Scottish Leaving Certificate Examination, 1961
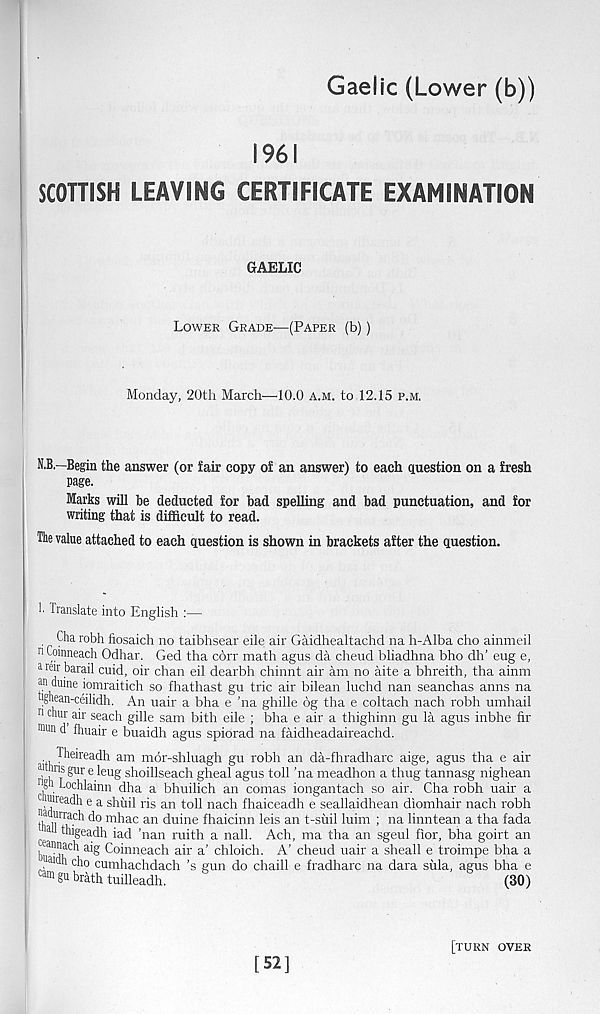
Gaelic (Lower (b))
1961
SCOTTISH LEAVING CERTIFICATE EXAMINATION
GAELIC
Lower Grade—(Paper (b))
Monday, 20th March—10.0 A.M. to 12.15 p.m.
N.B.—Begin the answer (or fair copy of an answer) to each question on a fresh
page.
Marks will be deducted for bad spelling and bad punctuation, and for
writing that is difficult to read.
The value attached to each question is shown in brackets after the question.
T Translate into English :—
Cha robh fiosaich no taibhsear eile air Gaidhealtachd na h-Alba cho ainmeil
11 9?inneach Odhar. Ged tha corr math agus da cheud bliadhna bho dh’ eug e,
ararbarail cuid, oir chan eil dearbh chinnt air am no aite a bhreith, tha ainm
an dume iomraitich so fhathast gu trie air bilean luchd nan seanchas amis na
ugnean-ceilidh. An uair a bha e ’na ghille 6g tha e coltach nach robh umhail
11 ™ ur
i
a i r seach gille sam bith eile ; bha e air a thighinn gu la agus inbhe fir
■ nun d fhuair e buaidh agus spiorad na faidheadaireachd.
Theireadh am mdr-shluagh gu robh an da-fhradharc aige, agus tha e air
a J lus § ur e leug shoillseach gheal agus toll ’na meadhon a thug tannasg nighean
g. ochlainn dha a bhuilich an comas iongantach so air. Cha robh uair a
juueadh e a shuil ris an toll nach fhaiceadh e seallaidhean diomhair nach robh
tl u'v
m h ac an duine fhaicinn leis an t-suil luim ; na linntean a tha fada
a ttugeadh iad ’nan ruith a nail. Ach, ma tha an sgeul fior, bha goirt an
l
aig Coinneach air a’ chloich. A’ cheud uair a sheall e troimpe bha a
mdh cho cumhachdach’s gun do chaill e fradharc na dara sula, agus bha e
cam gu brath tuilleadh.
(30)
[52]
[turn over